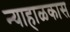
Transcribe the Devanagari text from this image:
न्याहाळकास